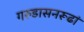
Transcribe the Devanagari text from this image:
गरुडासनरूढां